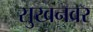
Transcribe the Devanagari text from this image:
सुखनवर